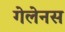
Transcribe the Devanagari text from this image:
गेलेनस